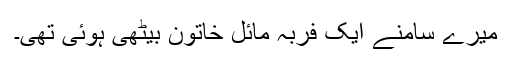
میرے سامنے ایک فربہ مائل خاتون بیٹھی ہوئی تھی۔